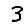
Digit: 3